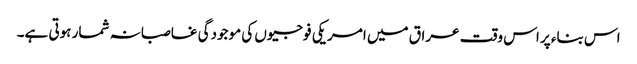
اس بناء پر اس وقت عراق میں امریکی فوجیوں کی موجودگی غاصبانہ شمار ہوتی ہے۔